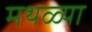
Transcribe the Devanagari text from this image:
मथळ्या